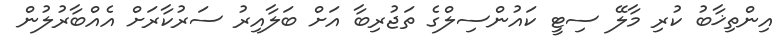
އިންތިޚާބު ކުރި މާލޭ ސިޓީ ކައުންސިލްގެ ތަޖުރިބާ އަށް ބަލާއިރު ސަރުކާރަށް އެއްބާރުލުން